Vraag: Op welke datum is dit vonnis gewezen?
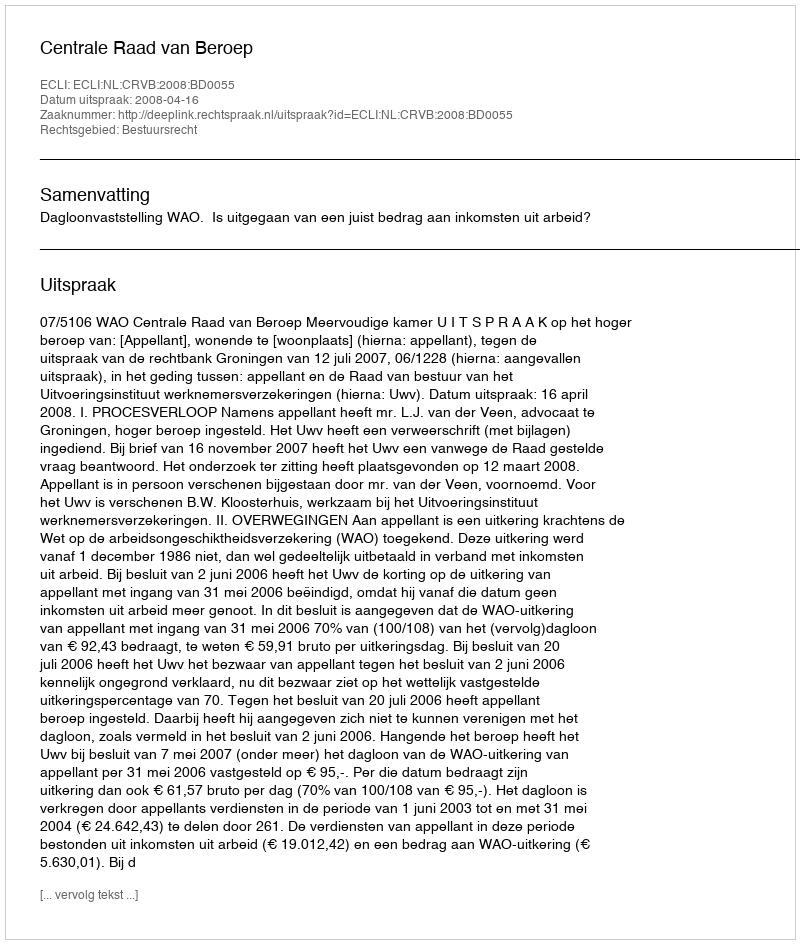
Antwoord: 2008-04-16